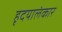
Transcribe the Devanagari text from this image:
हृदयालंकार